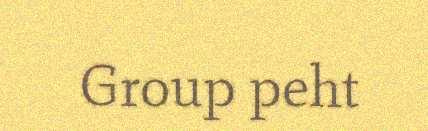
Group peht